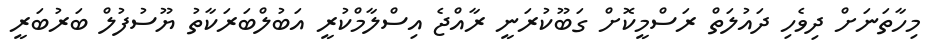
މިހާތަނަށް ދިވެހި ދައުލަތް ރަސްމީކޮށް ގަބޫކުރަނީ ރާއްޖެ އިސްލާމްކުރީ އަބުލްބަރަކާތު ޔޫސުފުލް ބަރުބަރީ